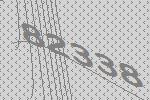
82338